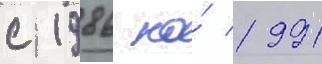
с 1986 по́ 1991